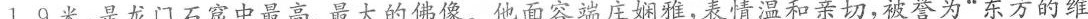
1.9米，是龙门石窟中最高、最大的佛像。他面容端庄娴雅，表情温和亲切，被誉为”东方的维